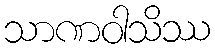
သာဏဝါသိဿ